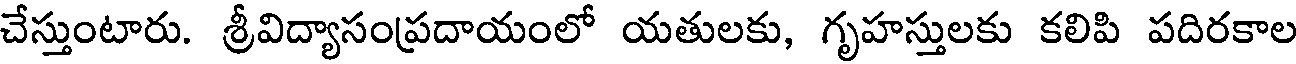
చేస్తుంటారు. శ్రీవిద్యాసంప్రదాయంలో యతులకు, గృహస్తులకు కలిపి పదిరకాల